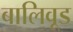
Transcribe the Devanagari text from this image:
बालिवूड